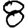
Digit: 8